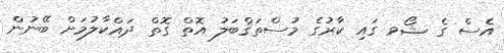
އެސް ގެ ޝޯވ ގައި ކާރުގެ މުސްތަޤްބަލު އޮތް ގޮތް ދައްކާލުމަށް ބޭނުން